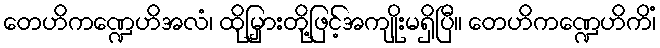
တေဟိကဏ္ဍေဟိအလံ၊ ထိုမြှားတို့ဖြင့်အကျိုးမရှိပြီ။ တေဟိကဏ္ဍေဟိကိံ၊